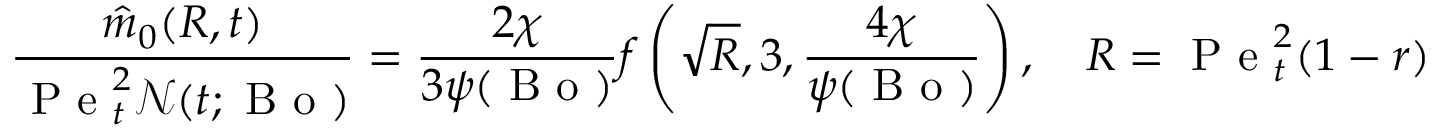
\frac { \hat { m } _ { 0 } ( R , t ) } { \mathrm { ~ P ~ e ~ } _ { t } ^ { 2 } \mathcal { N } ( t ; \mathrm { ~ B ~ o ~ } ) } = \frac { 2 \chi } { 3 \psi ( \mathrm { ~ B ~ o ~ } ) } f \left( \sqrt { R } , 3 , \frac { 4 \chi } { \psi ( \mathrm { ~ B ~ o ~ } ) } \right) , \quad R = \mathrm { ~ P ~ e ~ } _ { t } ^ { 2 } ( 1 - r )